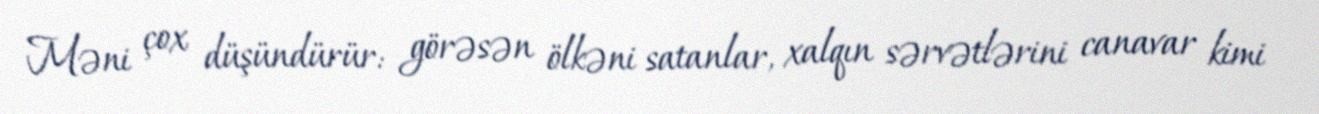
Məni çox düşündürür: görəsən ölkəni satanlar, xalqın sərvətlərini canavar kimi